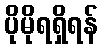
ပိုမိုရရှိရန်